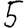
Digit: 5